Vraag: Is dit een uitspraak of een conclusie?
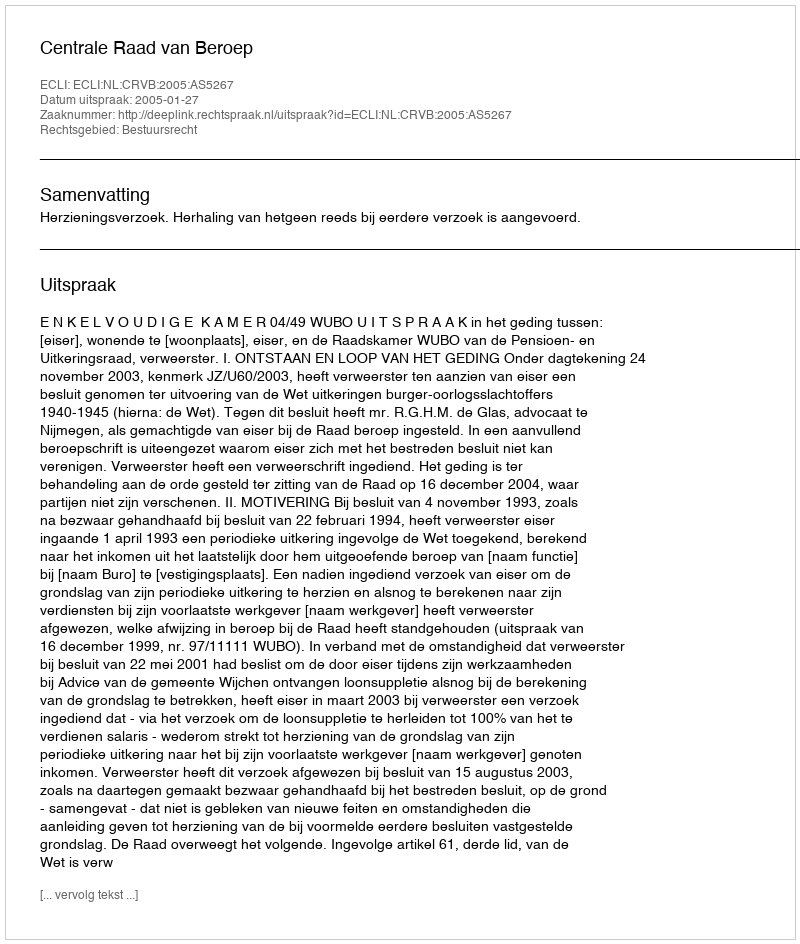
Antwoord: Uitspraak